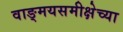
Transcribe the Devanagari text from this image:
वाङ्‌मयसमीक्षेच्या